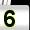
Digit: 5